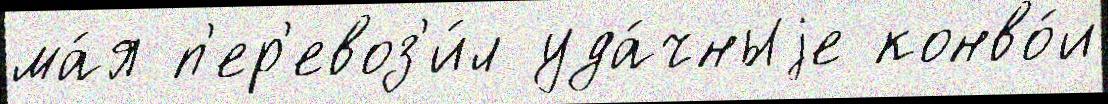
ма́я п'ер'евоз'и́л уда́чныjе конво́и